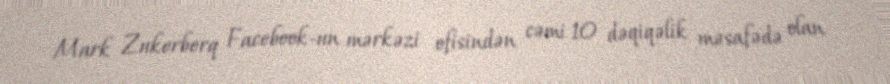
Mark Zukerberq Facebook-un mərkəzi ofisindən cəmi 10 dəqiqəlik məsafədə olan